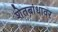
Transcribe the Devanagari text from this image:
शेतबांधावर